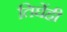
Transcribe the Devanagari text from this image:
तिघेंही